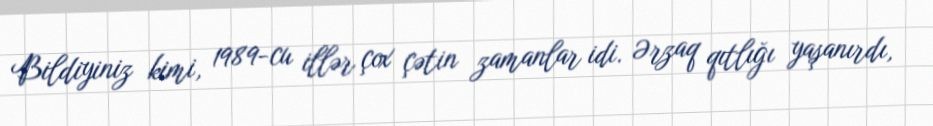
Bildiyiniz kimi, 1989-cu illər çox çətin zamanlar idi. Ərzaq qıtlığı yaşanırdı,